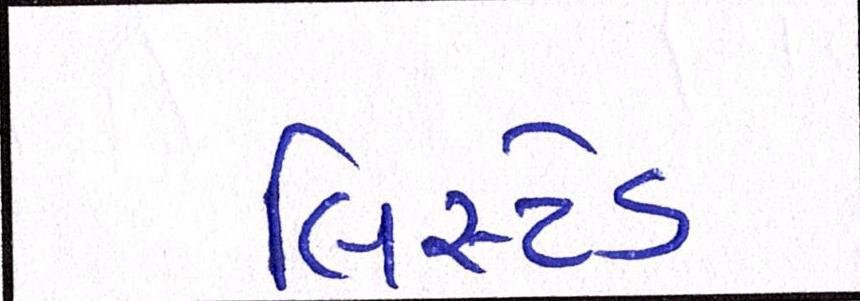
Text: લિસ્ટેડ